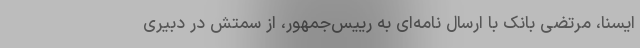
ایسنا، مرتضی بانک با ارسال نامه‌ای به رییس‌جمهور، از سمتش در دبیری